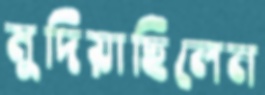
মুদিয়াছিলেন